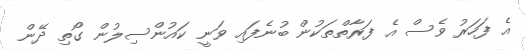
އެ ފަހަރު ވެސް އެ ފަރާތްތަކުން ބުނެފައި ވަނީ ކައުންސިލުން ގޯތި ދޭން